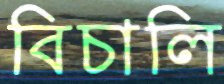
বিচালি